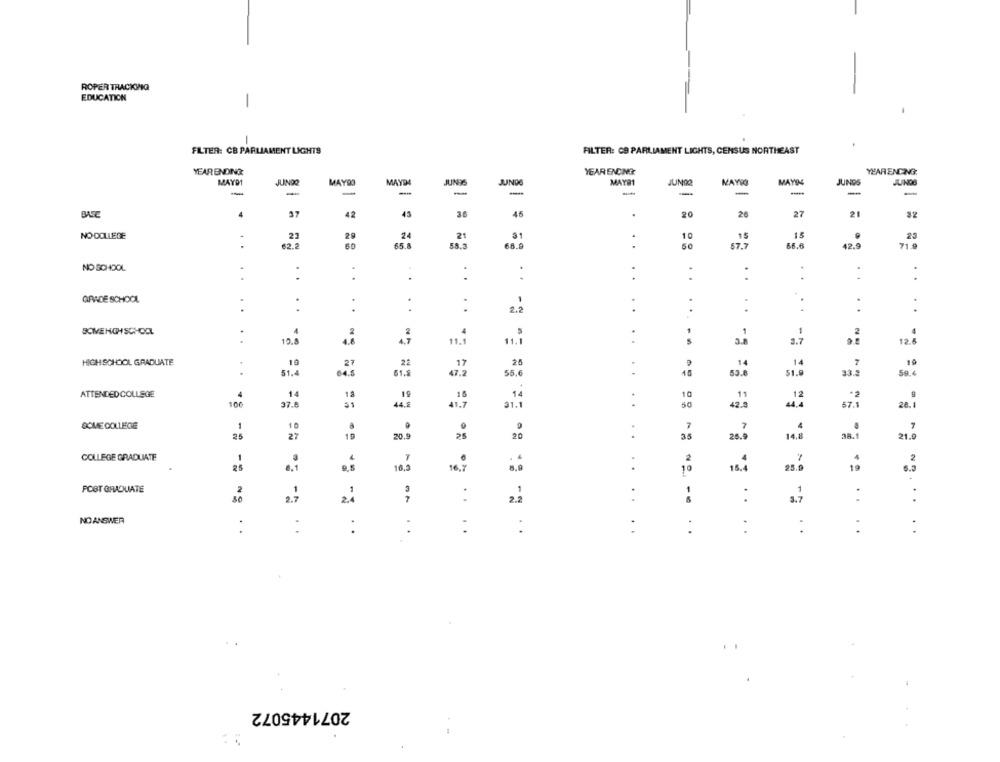
ROPER TRACKING
EDUCATION
-
FILTER: CB PARLIAMENT LIGHTS
FILTER: CS PARLIAMENT LIGHTS, CENSUS NORTHEAST
YEARENDONE
YEARENDING
YEARENDING:
MAY91
JUINDO
MAY03
MAYDA
JUNIS
JUNGE
MAYR1
JUNGQ
JUNDS
JUNGS
-
-
-
-
-
BARE
4
37
42
43
45
20
26
27
21
32
NO DOLLEGE
29
24
21
31
10
15
18
25
-
62.2
65.8
58.3
68.8
50
$7.7
56.6
42.9
71.9
..
NO SCHOOL
.
:
..
.
:
..
.
GRADE SCHOOL
.
.
..
. .
. .
.
2.2
..
..
. .
SOME HIGHSCHOOL
4
4
1
-
10.8
4.7
11.7
3.7
12.6
....
HIGH SCHOOL GRADUATE
19
27
2
17
26
14
14
7
19
51.4
04.5
61.5
47.2
55,6
53.8
51.9
33.8
59.4
ATTENDEDCOLLEGE
4
14
19
10
11
100
37.8
4.2
42.8
==
.. .. .. ..
67.1
28. 7
SOME COLLEGE
1
10
4
27
19
35
20.9
25
26.9
14.8
38.1
21.9
COLLEGE GRADUATE
.
2
2
25
0.1
16,9
16.7
.
10
18.Â
25.0
POST GRADUATE
:
1
2.7
2.4
3.7
..
NO ANSWER
:
:
..
:
....
..
-...
...
2071445072